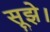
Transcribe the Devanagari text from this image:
सूझे।